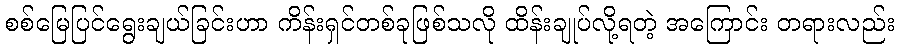
စစ်မြေပြင်ရွေးချယ်ခြင်းဟာ ကိန်းရှင်တစ်ခုဖြစ်သလို ထိန်းချုပ်လို့ရတဲ့ အကြောင်း တရားလည်း